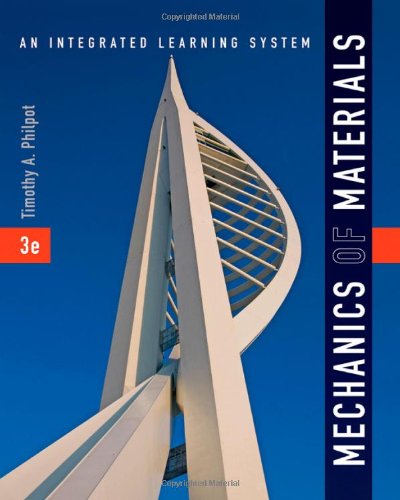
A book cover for Mechanics of Materials: An Integrated Learning System; Timothy A. Philpot; Science & Math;